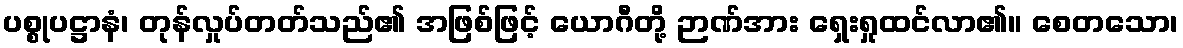
ပစ္စုပဋ္ဌာနံ၊ တုန်လှုပ်တတ်သည်၏ အဖြစ်ဖြင့် ယောဂီတို့ ဉာဏ်အား ရှေးရှုထင်လာ၏။ စေတသော၊